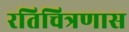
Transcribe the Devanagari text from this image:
रतिचित्रणास